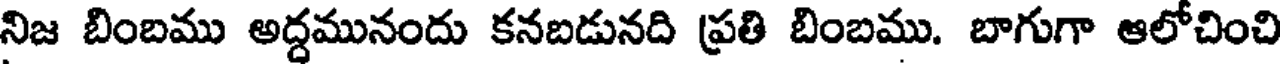
నిజ బింబము అద్దమునందు కనబడునది ప్రతి బింబము. బాగుగా ఆలోచించి